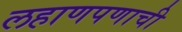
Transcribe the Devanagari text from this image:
लहाणपणाची